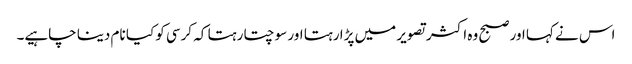
اس نے کہا اور صبح وہ اکثر تصویر میں پڑا رہتا اور سوچتا رہتا کہ کرسی کو کیا نام دینا چاہیے۔